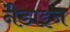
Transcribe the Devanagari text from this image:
नैडाइन